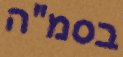
בסמ"ה